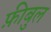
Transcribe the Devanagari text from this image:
फ़ीबुल